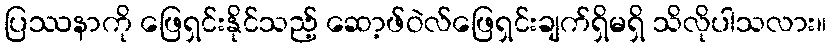
ပြဿနာကို ဖြေရှင်းနိုင်သည့် ဆော့ဖ်ဝဲလ်ဖြေရှင်းချက်ရှိမရှိ သိလိုပါသလား။